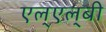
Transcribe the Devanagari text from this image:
एल्‌एल्‌बी